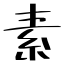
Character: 素